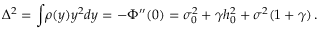
\Delta ^ { 2 } = \int \! \rho ( y ) y ^ { 2 } d y = - \Phi ^ { \prime \prime } ( 0 ) = \sigma _ { 0 } ^ { 2 } + \gamma h _ { 0 } ^ { 2 } + \sigma ^ { 2 } ( 1 + \gamma ) \, .